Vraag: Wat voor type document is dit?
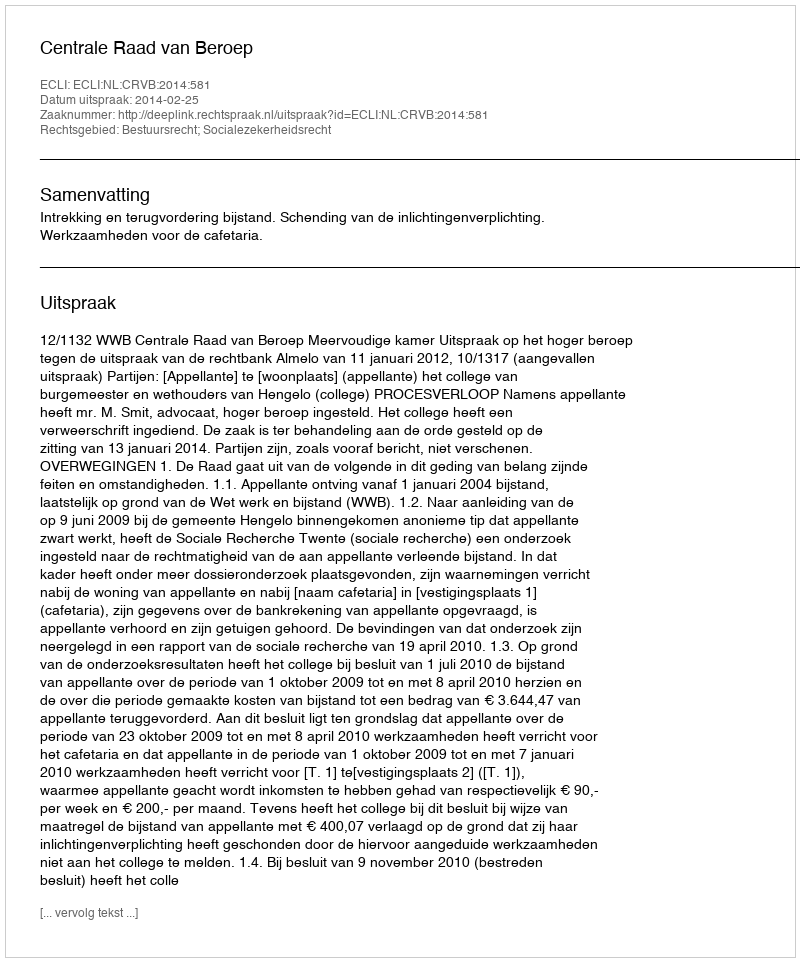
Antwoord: Uitspraak